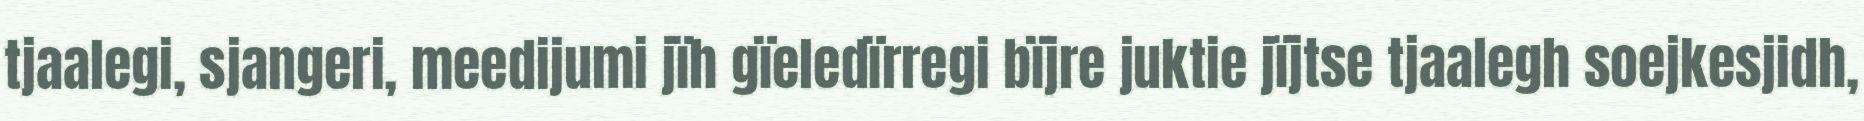
tjaalegi, sjangeri, meedijumi jïh gïeledïrregi bïjre juktie jïjtse tjaalegh soejkesjidh,